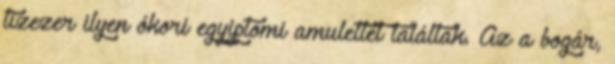
tízezer ilyen ókori egyiptomi amulettet találtak. Az a bogár,